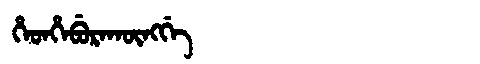
Manchu: ᡥᡝᡨᡥᡝᠪᡠᡵᠠᡴᡡᠩᡤᡝ
Romanization: HETHEBURAKŪNGGE